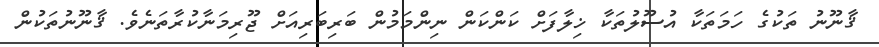
ޤާނޫނު ތަކުގެ ހަމަތަކާ އުސޫލުތަކާ ޚިލާފަށް ކަންކަން ނިންމަމުން ބަރިބަރިއަށް ޖޫރިމަނާކުރާތަނެވެ. ޤާނޫނުތަކުން